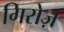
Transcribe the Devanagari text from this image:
गिरोज़